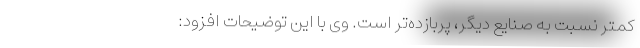
کمتر نسبت به صنایع دیگر، پربازده‌تر است. وی با این توضیحات افزود: